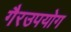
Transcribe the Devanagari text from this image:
गैरउपयोग